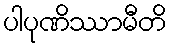
ပါပုဏိဿာမီတိ